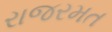
રાજરમત